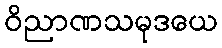
ဝိညာဏသမုဒယေ